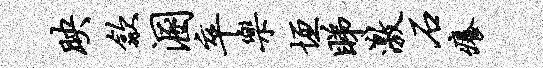
映歙溷卒乐垣睇激石痒